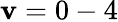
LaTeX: \mathbf{v}=0-4